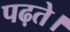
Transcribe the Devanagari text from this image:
पढ़ते।